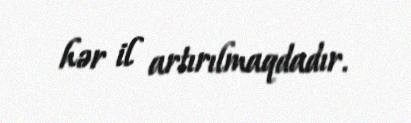
hər il artırılmaqdadır.